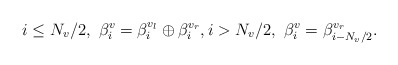
\begin{align*} i \leq N_v/2, \ \beta_i^v = \beta_i^{v_l} \oplus \beta_i^{v_r}, i > N_v/2, \ \beta_i^v = \beta^{v_r}_{i-N_v/2}.\end{align*}